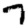
Digit: 7